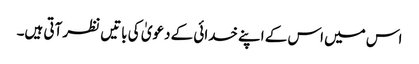
اس میں اس کے اپنے خدائی کے دعویٰ کی باتیں نظر آتی ہیں۔